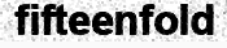
fifteenfold